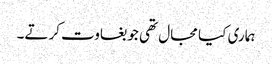
ہماری کیا مجال تھی جو بغاوت کرتے۔